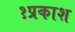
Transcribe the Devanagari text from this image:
१प्रकाश